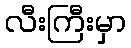
လီးကြီးမှာ